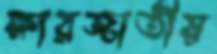
ক্ষারজাতীয়